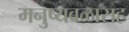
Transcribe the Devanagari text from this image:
मनुष्यबळासह